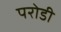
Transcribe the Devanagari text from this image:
परोडी